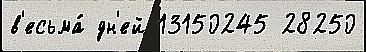
в'есьма́ дн'ей 13150245 28250